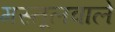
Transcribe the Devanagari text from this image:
मस्तूलवाले